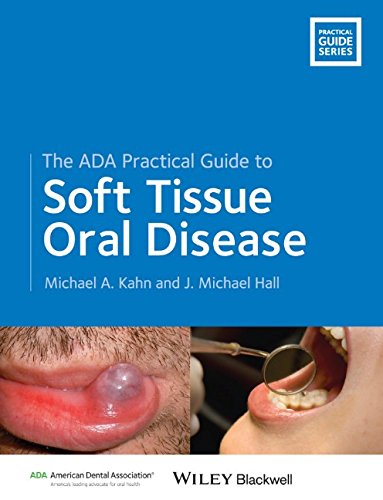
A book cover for The ADA Practical Guide to Soft Tissue Oral Disease; Michael A. Kahn; Medical Books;